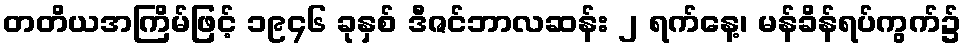
တတိယအကြိမ်ဖြင့် ၁၉၄၆ ခုနှစ် ဒီဇင်ဘာလဆန်း ၂ ရက်နေ့၊ မန်ခိန်ရပ်ကွက်၌